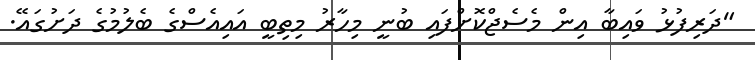
"ދަރިފުޅު ވައިބާ އިން މެސެޖްކޮށްފައި ބުނީ މިހާރު މިތިބީ އައިއެސްގެ ބެލުމުގެ ދަށުގައޭ.